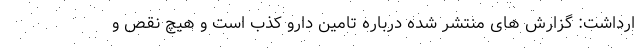
ارداشت: گزارش های منتشر شده درباره تامین دارو کذب است و هیچ نقص و